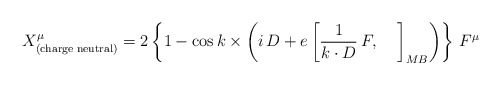
\begin{align*}X^{\mu}_{\rm (charge\;neutral)} = 2\left\{1-\cos k\times\left(i\, D + e\left[\frac{1}{k\cdot D}\, F,\;\;\;\;\right]_{MB}\right)\right\}\, F^\mu \end{align*}